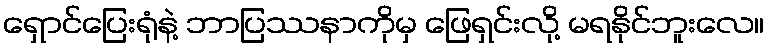
ရှောင်ပြေးရုံနဲ့ ဘာပြဿနာကိုမှ ဖြေရှင်းလို့ မရနိုင်ဘူးလေ။